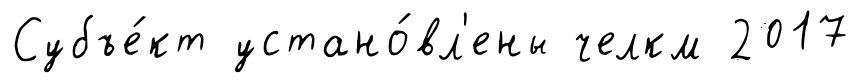
Субъе́кт устано́вл'ены челкм 2017